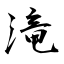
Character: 滝